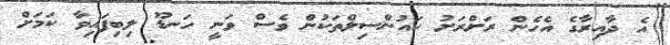
އެ ދާއިރާގެ އެހެން ރަށްރަށު ކައުންސިލްތަކުން ވެސް ވަނީ ހަނޑޫ ލިބިފައިވާ ކަމަށް